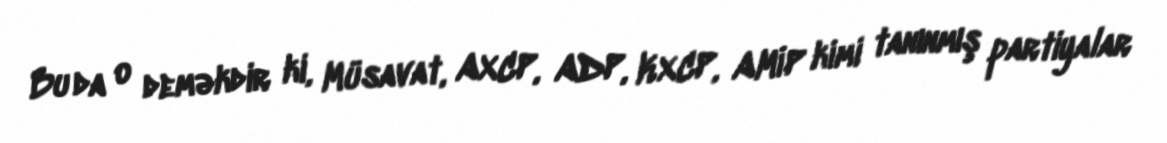
Bu da o deməkdir ki, Müsavat, AXCP, ADP, KXCP, AMİP kimi tanınmış partiyalar